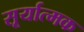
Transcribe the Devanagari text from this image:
सूर्यात्मक